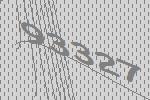
93327